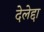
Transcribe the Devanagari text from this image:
देलेद्दा